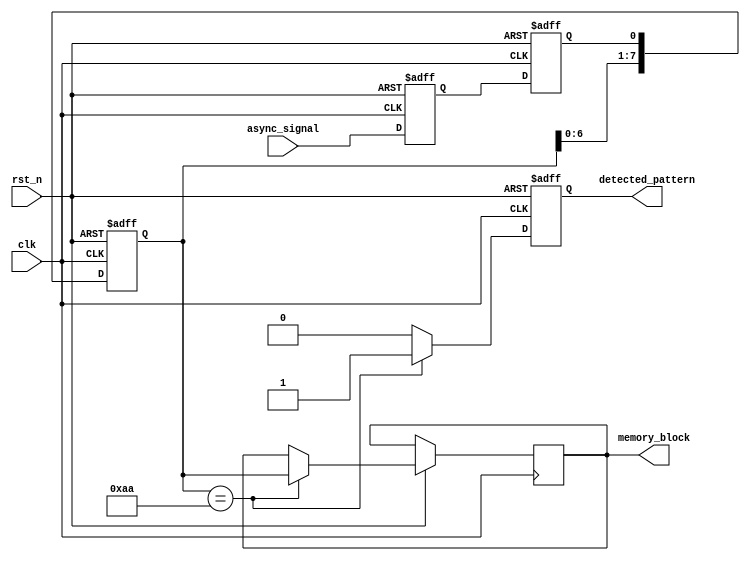
module dual_ff_detector (
    input wire clk,                // Clock signal
    input wire rst_n,              // Active low reset signal
    input wire async_signal,       // Asynchronous input signal
    output reg detected_pattern,    // Output signal indicating pattern detection
    output reg [7:0] memory_block   // Memory block to store detected patterns
);

// Parameters for the pattern to be detected
parameter PATTERN = 8'b10101010; // Example pattern
parameter PATTERN_LENGTH = 8;     // Length of the pattern

// Internal signals
reg ff1, ff2;                     // Dual flip-flops for synchronization
reg [7:0] shift_reg;              // Shift register for pattern detection
reg pattern_detected;             // Intermediate signal for pattern detection

// Dual Flip-Flops for synchronization
always @(posedge clk or negedge rst_n) begin
    if (!rst_n) begin
        ff1 <= 1'b0;
        ff2 <= 1'b0;
    end else begin
        ff1 <= async_signal;      // Sample the asynchronous signal
        ff2 <= ff1;               // Sample the output of the first flip-flop
    end
end

// Shift register for pattern detection
always @(posedge clk or negedge rst_n) begin
    if (!rst_n) begin
        shift_reg <= 8'b0;        // Reset shift register
        detected_pattern <= 1'b0; // Reset detected pattern output
    end else begin
        shift_reg <= {shift_reg[6:0], ff2}; // Shift in the synchronized signal
        // Check for pattern detection
        if (shift_reg == PATTERN) begin
            detected_pattern <= 1'b1; // Pattern detected
            memory_block <= shift_reg; // Store detected pattern in memory block
        end else begin
            detected_pattern <= 1'b0; // No pattern detected
        end
    end
end

endmodule